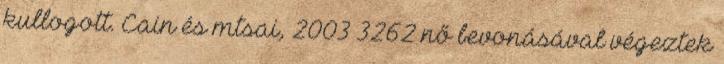
kullogott. Cain és mtsai, 2003 3262 nő bevonásával végeztek